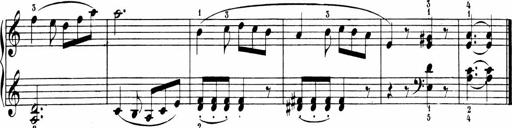
Title: 6 Sonatinas
Composer: Carl Reinecke